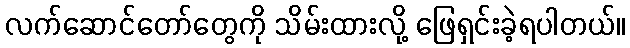
လက်ဆောင်တော်တွေကို သိမ်းထားလို့ ဖြေရှင်းခဲ့ရပါတယ်။